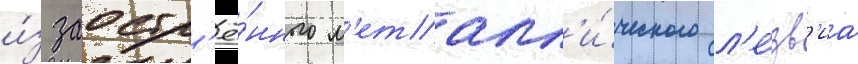
и́з заостр'ё́нного м'еталл'и́ческого л'е́зв'иа